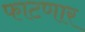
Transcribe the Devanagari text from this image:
फाटणार